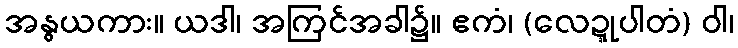
အနွယကား။ ယဒါ၊ အကြင်အခါ၌။ ဧကံ၊ (လေဍ္ဍုပါတံ) ဝါ၊